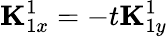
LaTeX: {\mathbf K}_{1x}^{1}=-t{\mathbf K}_{1y}^{1}